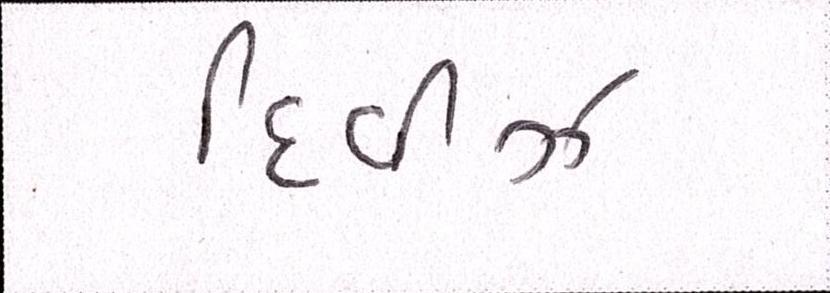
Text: દિવીઝ